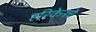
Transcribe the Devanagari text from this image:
हरिकेनचे